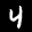
Label: 4